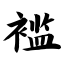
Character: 褴